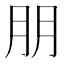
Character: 朋